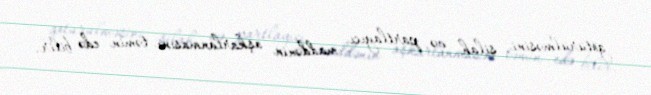
götürülməsini, silah və partlayıcı maddənin aşkarlanmasını təmin edə bilir.